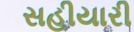
સહીયારી